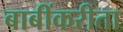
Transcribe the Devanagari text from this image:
बाबींकरीता